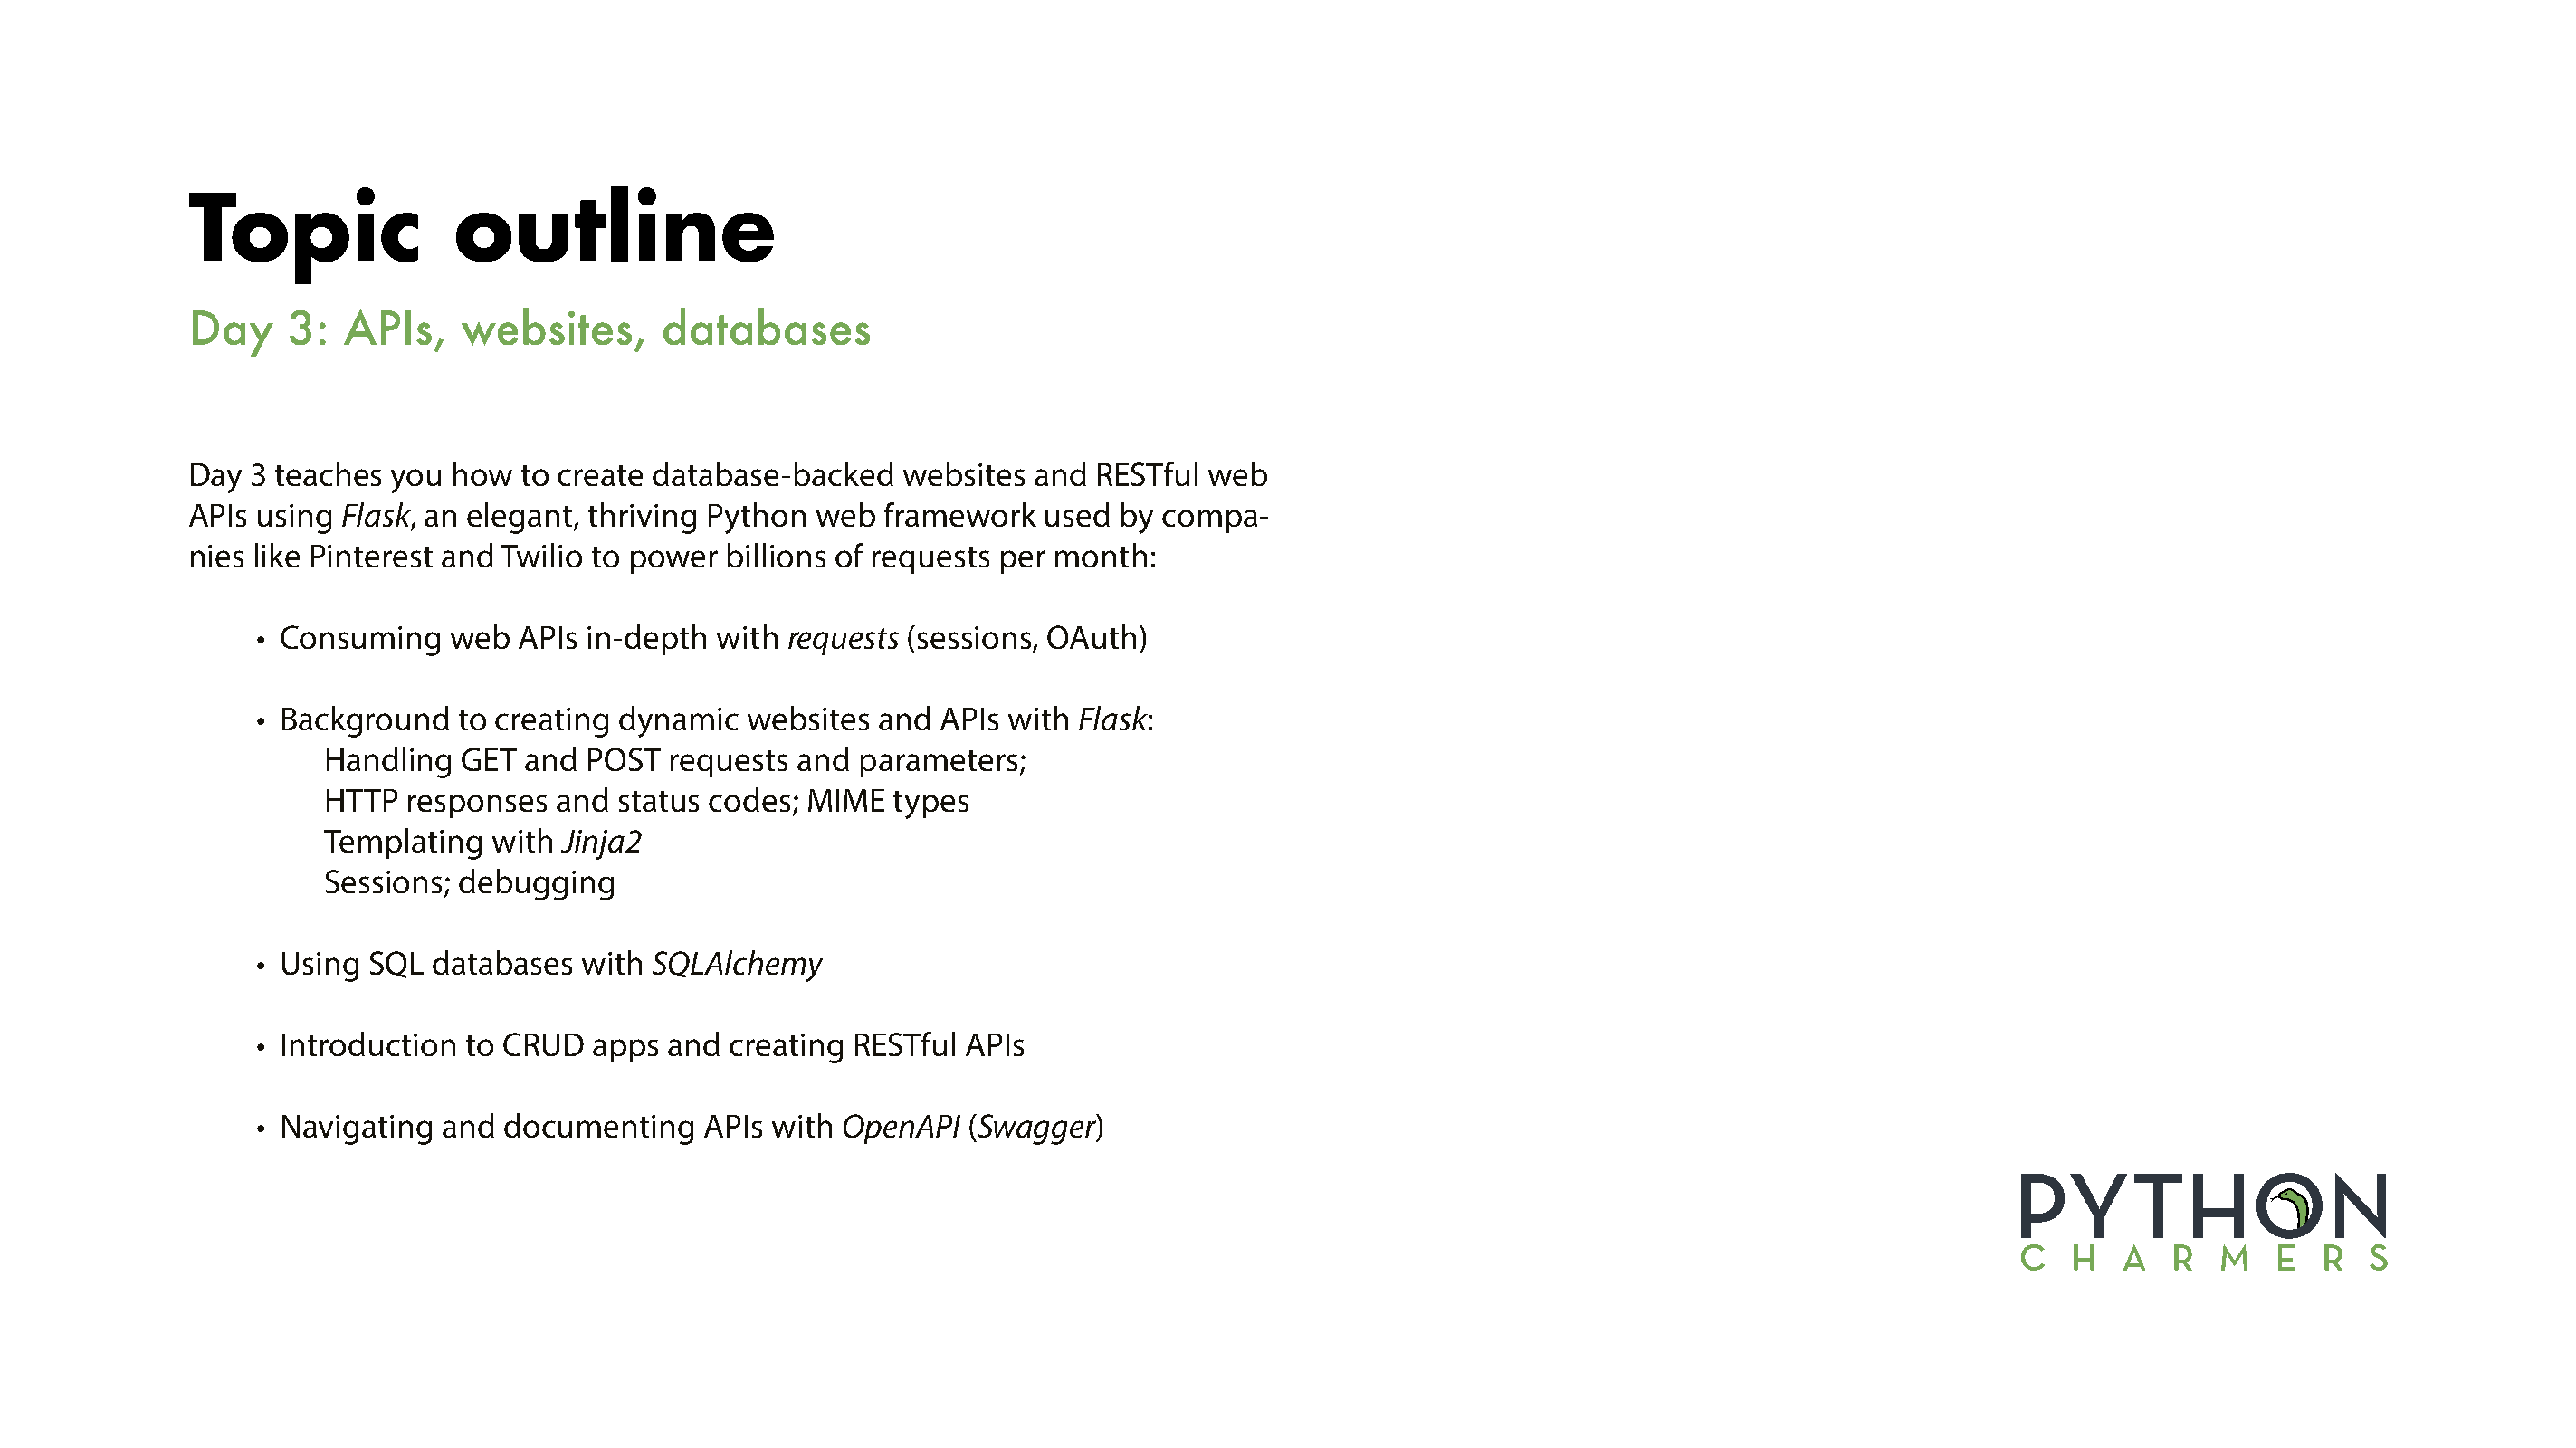
Topic              outline
 Day    3:  APIs,    websites,     databases
 Day 3 teaches  you how  to create database-backed   websites  and RESTful web
 APIs using Flask, an elegant, thriving Python web  framework  used  by compa-
 nies like Pinterest and Twilio to power billions of requests per month:
 • Consuming   web  APIs in-depth with  requests (sessions, OAuth)
 • Background   to creating dynamic  websites and  APIs with Flask:
 Handling  GET and  POST  requests and  parameters;
 HTTP  responses  and status codes; MIME  types
 Templating  with Jinja2
 Sessions; debugging
 • Using SQL  databases  with SQLAlchemy
 • Introduction to CRUD  apps  and creating RESTful  APIs
 • Navigating and  documenting   APIs with  OpenAPI  (Swagger)